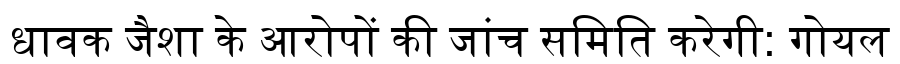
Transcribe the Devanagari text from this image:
धावक जैशा के आरोपों की जांच समिति करेगी: गोयल